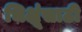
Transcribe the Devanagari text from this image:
भिक्षूंसाठी